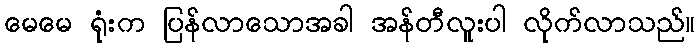
မေမေ ရုံးက ပြန်လာသောအခါ အန်တီလူးပါ လိုက်လာသည်။